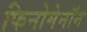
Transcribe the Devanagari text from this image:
फिनोमेनॉन